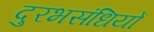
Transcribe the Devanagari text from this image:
दुरभसंधियों